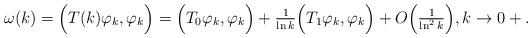
LaTeX: \begin{align*}\omega(k) = \Big( T(k)\varphi_k, \varphi_k \Big)= \Big(T_0\varphi_k, \varphi_k \Big) +\tfrac{1}{\ln k} \Big (T_1 \varphi_k,\varphi_k \Big) + O\Big(\tfrac{1}{\ln^2k}\Big),k \rightarrow 0+.\end{align*}